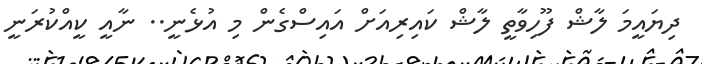
ދިޔައީމަ ލާޝް ފޫހިވާތީ ލާޝް ކައިރިއަށް އައިސްގެން މި އުޅެނީ.. ނާއީ ކީއްކުރަނީ